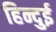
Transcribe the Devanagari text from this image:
हिन्दुई